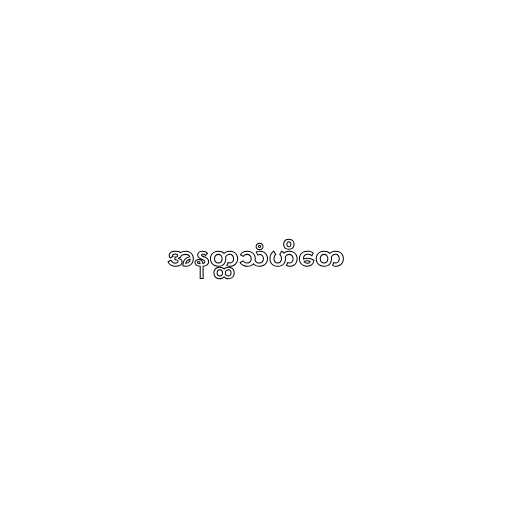
အနတ္ထသံဟိတေ